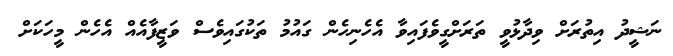
ނަޝީދު އިތުރަށް ވިދާޅުވީ ތަރަށްގީވެފައިވާ އެހެނިހެން ގައުމު ތަކުގައިވެސް ވަޒީފާއެއް އެހެން މީހަކަށް